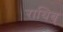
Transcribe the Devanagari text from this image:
राथिब्